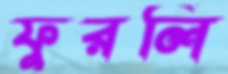
ফুরলি